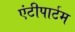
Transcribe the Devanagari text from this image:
एंटीपार्टम